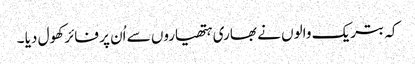
کہ بتریک والوں نے بھاری ہتھیاروں سے اُن پر فائر کھول دیا ۔